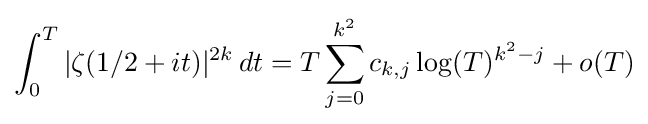
\int _{0}^{T}|\zeta (1/2+it)|^{2k}\,dt=T\sum _{j=0}^{k^{2}}c_{k,j}\log(T)^{k^{2}-j}+o(T)